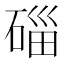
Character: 𥓲